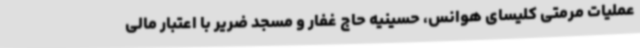
عملیات مرمتی کلیسای هوانس، حسینیه حاج غفار و مسجد ضریر با اعتبار مالی